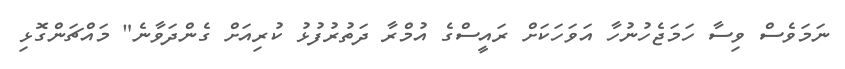
ނަމަވެސް ވިސާ ހަމަޖެހުނުހާ އަވަހަކަށް ރައީސްގެ އުމްރާ ދަތުރުފުޅު ކުރިއަށް ގެންދަވާނެ" މައްޗަންގޮޅި